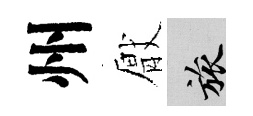
州厭旅